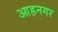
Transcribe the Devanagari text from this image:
आहनगर